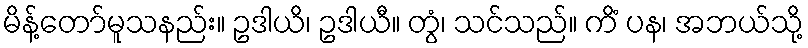
မိန့်တော်မူသနည်း။ ဥဒါယိ၊ ဥဒါယီ။ တွံ၊ သင်သည်။ ကိံ ပန၊ အဘယ်သို့